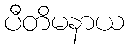
ပီတိမနာယ